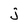
Character: j